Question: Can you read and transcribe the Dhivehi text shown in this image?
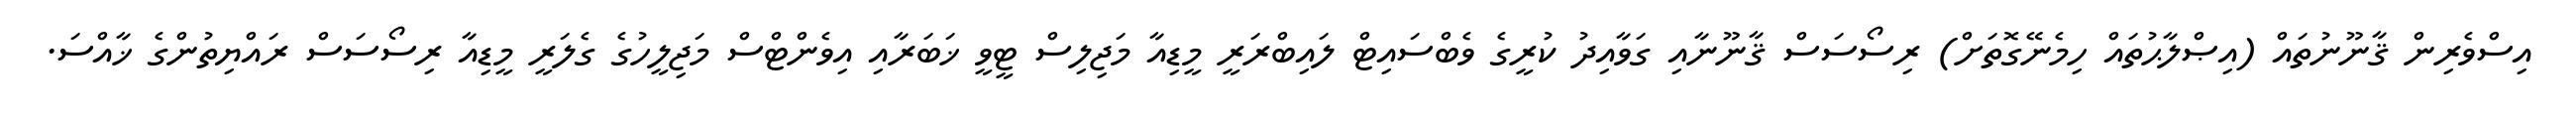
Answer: އިސްވެރިން ޤާނޫނުތައް (އިޞްލާޙުތައް ހިމެނޭގޮތަށް) ރިސޯސަސް ޤާނޫނާއި ގަވާއިދު ކުރީގެ ވެބްސައިޓް ލައިބްރަރީ މީޑިއާ މަޖިލިސް ޓީވީ ޚަބަރާއި އިވެންޓްސް މަޖިލީހުގެ ގެލަރީ މީޑިއާ ރިސޯސަސް ރައްޔިތުންގެ ޚާއްސަ.